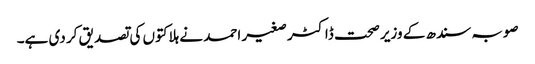
صوبہ سندھ کے وزیر صحت ڈاکٹر صغیر احمد نے ہلاکتوں کی تصدیق کر دی ہے۔